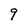
Character: 9